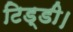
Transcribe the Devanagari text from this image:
टिड्डी।